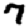
Digit: 7